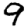
Digit: 9